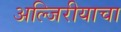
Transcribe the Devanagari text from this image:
अल्जिरीयाचा